Vaccination report Assam 1874-1896 - 1874-1896
Year: 1874
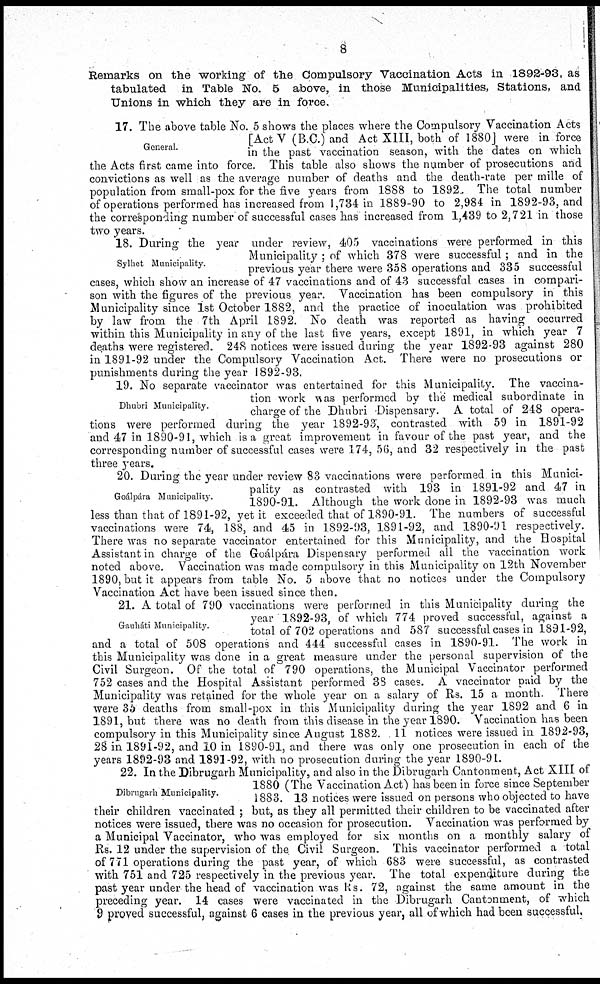
8
Remarks on the working of the Compulsory Vaccination Acts in 1892-93, as
tabulated in Table No. 5 above, in those Municipalities, Stations, and
Unions in which they are in force.
General.
17. The above table No. 5 shows the places where the Compulsory Vaccination Acts
[Act V (B.C.) and Act XIII, both of 1880] were in force
in the past vaccination season, with the dates on which
the Acts first came into force. This table also shows the number of prosecutions and
convictions as well as the average number of deaths and the death-rate per mille of
population from small-pox for the five years from 1888 to 1892. The total number
of operations performed has increased from 1,734 in 1889-90 to 2,984 in 1892-93, and
the corresponding number of successful cases has increased from 1,439 to 2,721 in those
two years.
Sylhet Municipality.
18. During; the year under review, 405 vaccinations were performed in this
Municipality ; of which 378 were successful; and in the
previous year there were 358 operations and 335 successful
cases, which show an increase of 47 vaccinations and of 43 successful cases in compari-
son with the figures of the previous year. Vaccination has been compulsory in this
Municipality since 1st October 1882, and the practice of inoculation was prohibited
by law from the 7th April 1892. No death was reported as having occurred
within this Municipality in any of the last five years, except 1891, in which year 7
deaths were registered. 248 notices were issued during the year 1892-93 against 280
in 1891-92 under the Compulsory Vaccination Act. There were no prosecutions or
punishments during the year 1892-93.
Dhubri Municipality.
19. No separate vaccinator was entertained for this Municipality. The vaccina-
tion work was performed by the medical subordinate in
charge of the Dhubri Dispensary. A total of 248 opera-
tions were performed during the year 1892-93, contrasted with 59 in 1891-92
and 47 in 1890-91, which is a great improvement in favour of the past year, and the
corresponding number of successful cases were 174, 56, and 32 respectively in the past
three years.
Goálpára Municipality.
20. During the year under review 83 vaccinations were performed in this Munici-
pality as contrasted with 193 in 1891-92 and 47 in
1890-91. Although the work done in 1892-93 was much
less than that of 1891-92, vet it exceeded that of 1890-91. The numbers of successful
vaccinations were 74, 188, and 45 in 1892-93, 1891-92, and 1890-91 respectively.
There was no separate vaccinator entertained for this Municipality, and the Hospital
Assistant in charge of the Goálpára Dispensary performed all the vaccination work
noted above. Vaccination was made compulsory in this Municipality on 12th November
1890, but it appears from table No. 5 above that no notices under the Compulsory
Vaccination Act have been issued since then.
Gauháti Municipality.
21. A total of 790 vaccinations were performed in this Municipality during the
year 1892-93, of which 774 proved successful, against a
total of 702 operations and 587 successful cases in 1891-92,
and a total of 508 operations and 444 successful cases in 1890-91. The work in
this Municipality was done in a great measure under the personal supervision of the
Civil Surgeon. Of the total of 790 operations, the Municipal Vaccinator performed
752 cases and the Hospital Assistant performed 38 cases. A vaccinator paid by the
Municipality was retained for the whole year on a salary of Rs. 15 a month. There
were 35 deaths from small-pox in this Municipality during the year 1892 and 6 in
1891, but there was no death from this disease in the year 1890. Vaccination has been
compulsory in this Municipality since August 1882. 11 notices were issued in 1892-93,
28 in 1891-92, and 10 in 1890-91, and there was only one prosecution in each of the
years 1892-93 and 1891-92, with no prosecution during the year 1890-91.
Dibrugarh Municipality.
22. In the Dibrugarh Municipality, and also in the Dibrugarh Cantonment, Act XIII of
1880 (The Vaccination Act) has been in force since September
1883. 13 notices were issued on persons who objected to have
their children vaccinated ; but, as they all permitted their children to be vaccinated after
notices were issued, there was no occasion for prosecution. Vaccination was performed by
a Municipal Vaccinator, who was employed for six months on a monthly salary of
Rs. 12 under the supervision of the Civil Surgeon. This vaccinator performed a total
of 771 operations during the past year, of which 683 were successful, as contrasted
with 751 and 725 respectively in the previous year. The total expenditure during the
past year under the head of vaccination was Rs. 72, against the same amount in the
preceding year. 14 cases were vaccinated in the Dibrugarh Cantonment, of which
9 proved successful, against 6 cases in the previous year, all of which had been successful.